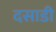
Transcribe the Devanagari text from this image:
दसाडी